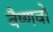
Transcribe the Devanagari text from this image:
वैष्‍णवो